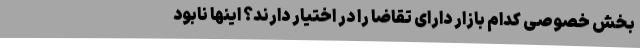
بخش خصوصی کدام بازار دارای تقاضا را در اختیار دارند؟ اینها نابود